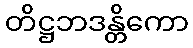
တိဋ္ဌဘဒန္တိကော